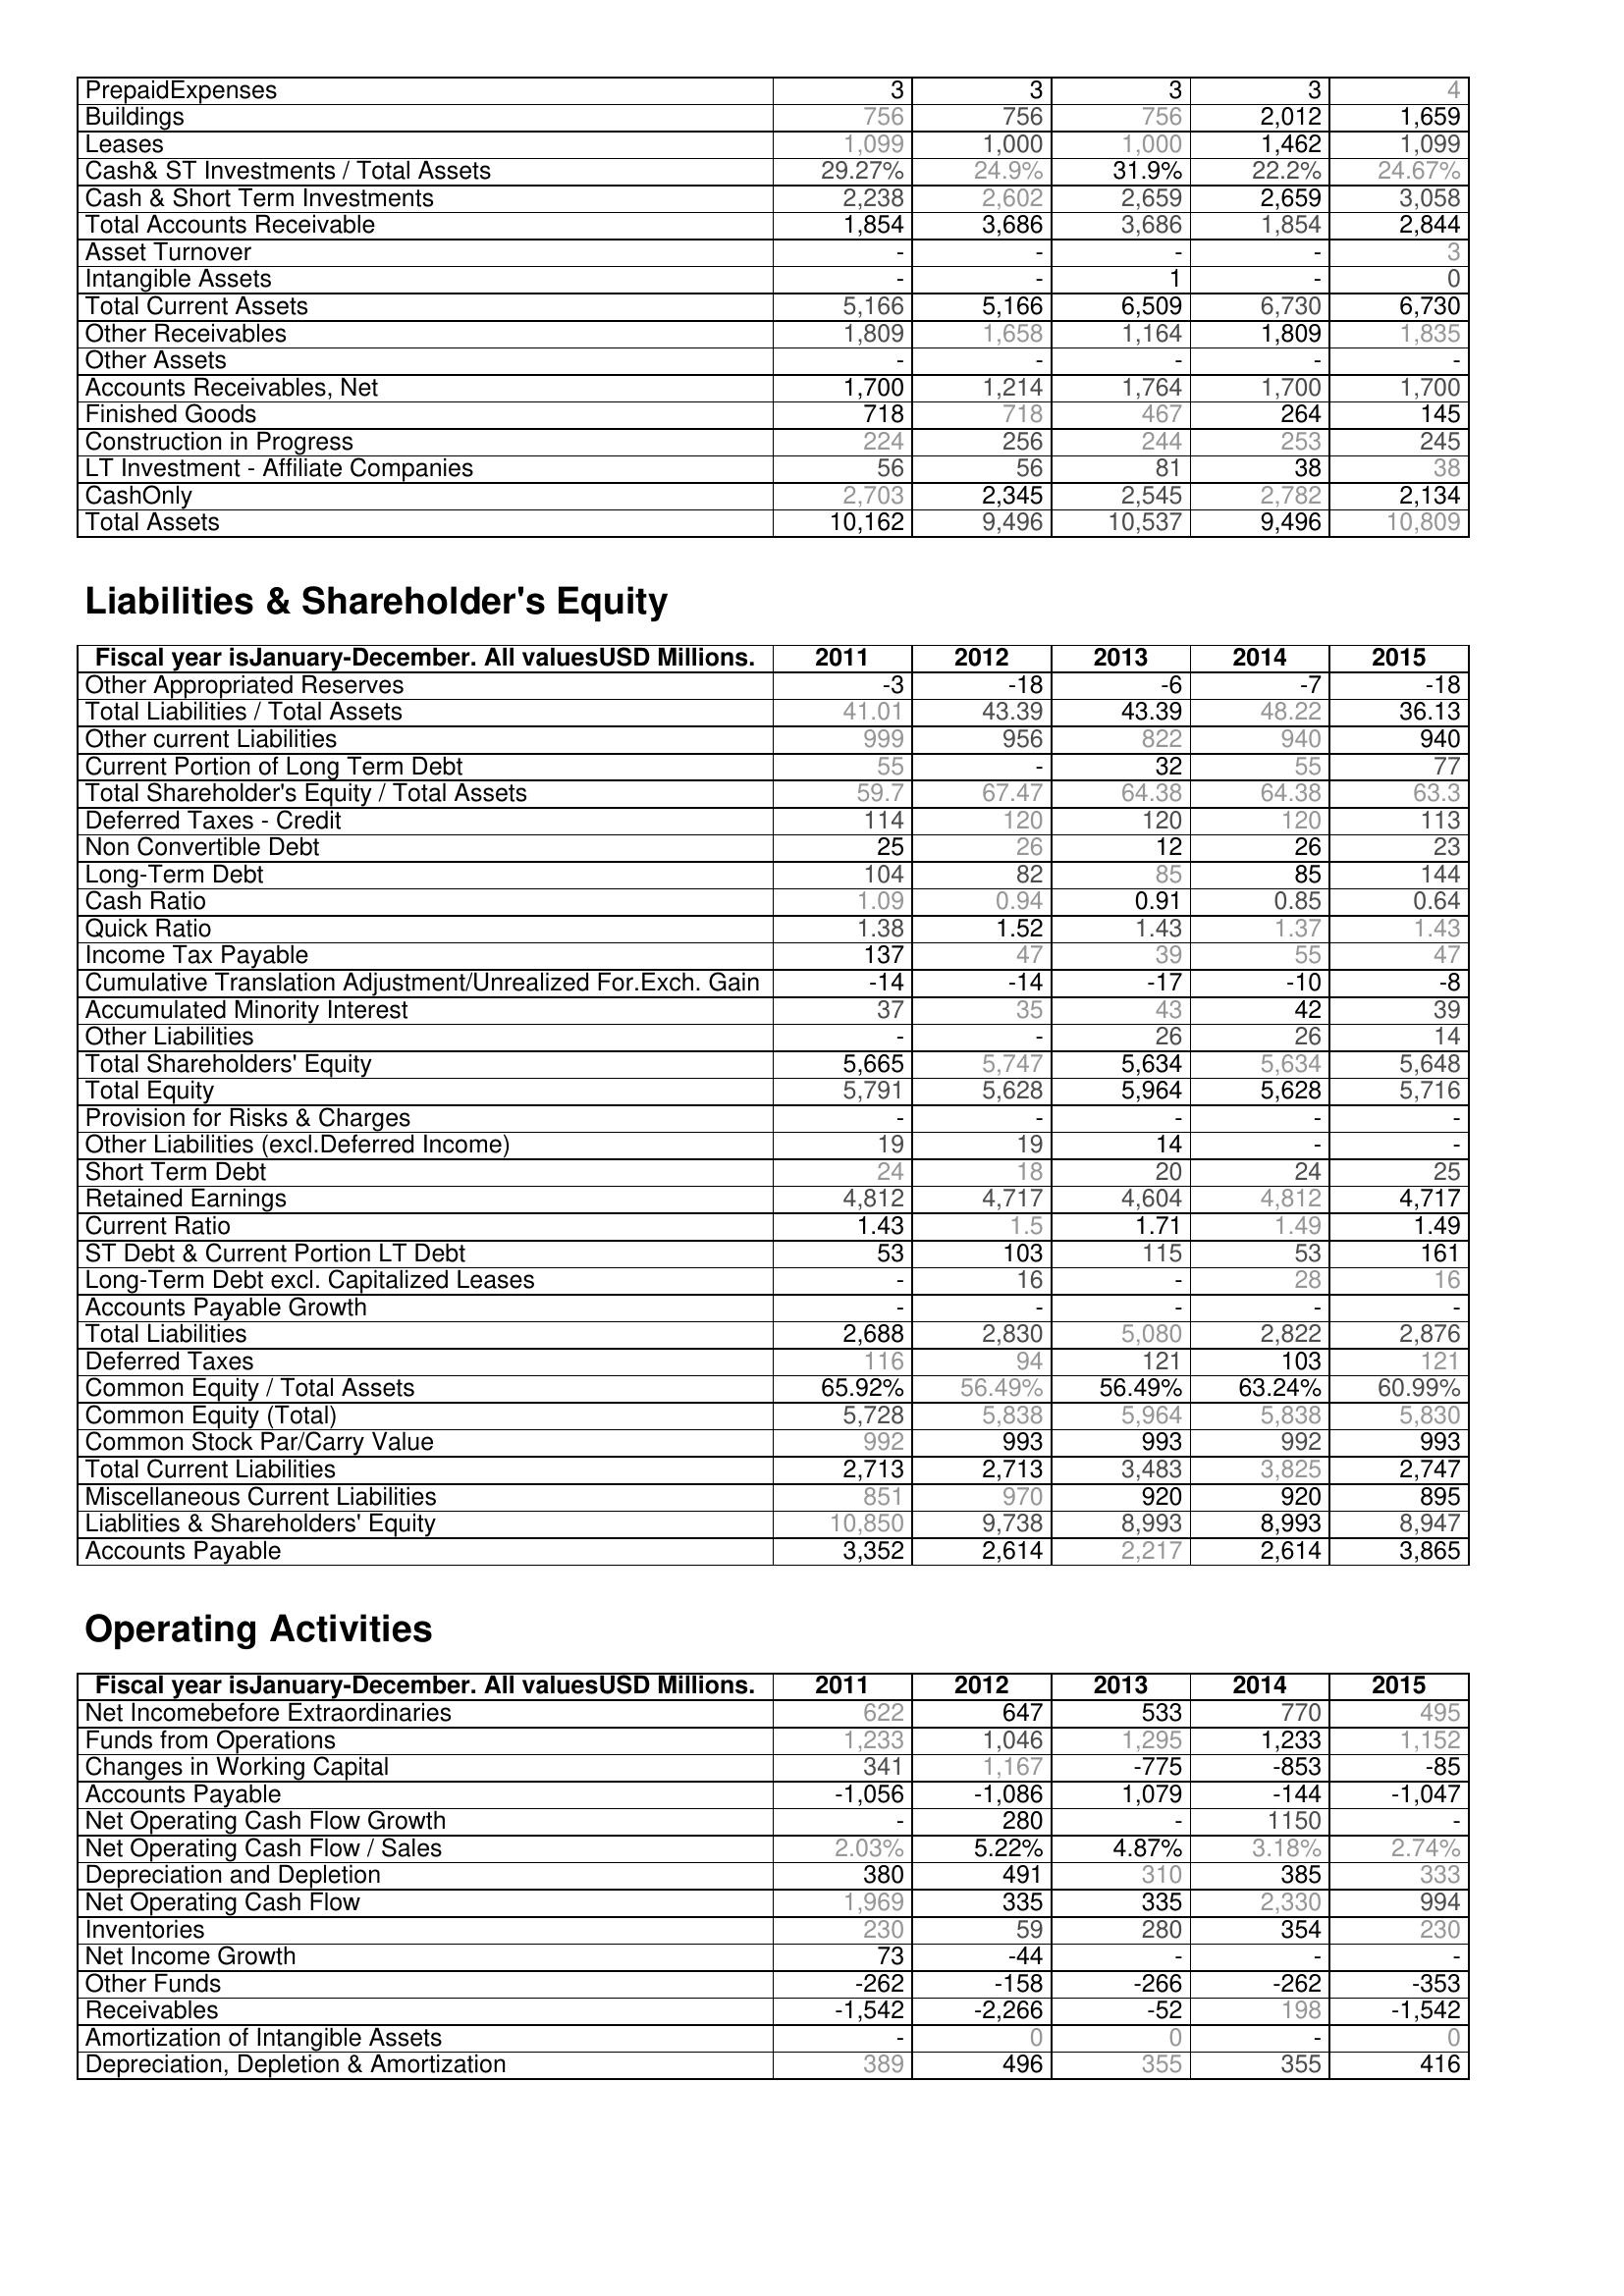
2011: Assets: PrepaidExpenses: 3
Buildings: 756
Leases: 1,099
Cash& ST Investments / Total Assets: 29.27%
Cash & Short Term Investments: 2,238
Total Accounts Receivable: 1,854
Asset Turnover: -
Intangible Assets: -
Total Current Assets: 5,166
Other Receivables: 1,809
Other Assets: -
Accounts Receivables, Net: 1,700
Finished Goods: 718
Construction in Progress: 224
LT Investment - Affiliate Companies: 56
CashOnly: 2,703
Total Assets: 10,162
Liabilities & Shareholder's Equity: Other Appropriated Reserves: -3
Total Liabilities / Total Assets: 41.01
Other current Liabilities: 999
Current Portion of Long Term Debt: 55
Total Shareholder's Equity / Total Assets: 59.7
Deferred Taxes - Credit: 114
Non Convertible Debt: 25
Long-Term Debt: 104
Cash Ratio: 1.09
Quick Ratio: 1.38
Income Tax Payable: 137
Cumulative Translation Adjustment/Unrealized For.Exch. Gain: -14
Accumulated Minority Interest: 37
Other Liabilities: -
Total Shareholders' Equity: 5,665
Total Equity: 5,791
Provision for Risks & Charges: -
Other Liabilities (excl.Deferred Income): 19
Short Term Debt: 24
Retained Earnings: 4,812
Current Ratio: 1.43
ST Debt & Current Portion LT Debt: 53
Long-Term Debt excl. Capitalized Leases: -
Accounts Payable Growth: -
Total Liabilities: 2,688
Deferred Taxes: 116
Common Equity / Total Assets: 65.92%
Common Equity (Total): 5,728
Common Stock Par/Carry Value: 992
Total Current Liabilities: 2,713
Miscellaneous Current Liabilities: 851
Liablities & Shareholders' Equity: 10,850
Accounts Payable: 3,352
Operating Activities: Net Incomebefore Extraordinaries: 622
Funds from Operations: 1,233
Changes in Working Capital: 341
Accounts Payable: -1,056
Net Operating Cash Flow Growth: -
Net Operating Cash Flow / Sales: 2.03%
Depreciation and Depletion: 380
Net Operating Cash Flow: 1,969
Inventories: 230
Net Income Growth: 73
Other Funds: -262
Receivables: -1,542
Amortization of Intangible Assets: -
Depreciation, Depletion & Amortization: 389
2012: Assets: PrepaidExpenses: 3
Buildings: 756
Leases: 1,000
Cash& ST Investments / Total Assets: 24.9%
Cash & Short Term Investments: 2,602
Total Accounts Receivable: 3,686
Asset Turnover: -
Intangible Assets: -
Total Current Assets: 5,166
Other Receivables: 1,658
Other Assets: -
Accounts Receivables, Net: 1,214
Finished Goods: 718
Construction in Progress: 256
LT Investment - Affiliate Companies: 56
CashOnly: 2,345
Total Assets: 9,496
Liabilities & Shareholder's Equity: Other Appropriated Reserves: -18
Total Liabilities / Total Assets: 43.39
Other current Liabilities: 956
Current Portion of Long Term Debt: -
Total Shareholder's Equity / Total Assets: 67.47
Deferred Taxes - Credit: 120
Non Convertible Debt: 26
Long-Term Debt: 82
Cash Ratio: 0.94
Quick Ratio: 1.52
Income Tax Payable: 47
Cumulative Translation Adjustment/Unrealized For.Exch. Gain: -14
Accumulated Minority Interest: 35
Other Liabilities: -
Total Shareholders' Equity: 5,747
Total Equity: 5,628
Provision for Risks & Charges: -
Other Liabilities (excl.Deferred Income): 19
Short Term Debt: 18
Retained Earnings: 4,717
Current Ratio: 1.5
ST Debt & Current Portion LT Debt: 103
Long-Term Debt excl. Capitalized Leases: 16
Accounts Payable Growth: -
Total Liabilities: 2,830
Deferred Taxes: 94
Common Equity / Total Assets: 56.49%
Common Equity (Total): 5,838
Common Stock Par/Carry Value: 993
Total Current Liabilities: 2,713
Miscellaneous Current Liabilities: 970
Liablities & Shareholders' Equity: 9,738
Accounts Payable: 2,614
Operating Activities: Net Incomebefore Extraordinaries: 647
Funds from Operations: 1,046
Changes in Working Capital: 1,167
Accounts Payable: -1,086
Net Operating Cash Flow Growth: 280
Net Operating Cash Flow / Sales: 5.22%
Depreciation and Depletion: 491
Net Operating Cash Flow: 335
Inventories: 59
Net Income Growth: -44
Other Funds: -158
Receivables: -2,266
Amortization of Intangible Assets: 0
Depreciation, Depletion & Amortization: 496
2013: Assets: PrepaidExpenses: 3
Buildings: 756
Leases: 1,000
Cash& ST Investments / Total Assets: 31.9%
Cash & Short Term Investments: 2,659
Total Accounts Receivable: 3,686
Asset Turnover: -
Intangible Assets: 1
Total Current Assets: 6,509
Other Receivables: 1,164
Other Assets: -
Accounts Receivables, Net: 1,764
Finished Goods: 467
Construction in Progress: 244
LT Investment - Affiliate Companies: 81
CashOnly: 2,545
Total Assets: 10,537
Liabilities & Shareholder's Equity: Other Appropriated Reserves: -6
Total Liabilities / Total Assets: 43.39
Other current Liabilities: 822
Current Portion of Long Term Debt: 32
Total Shareholder's Equity / Total Assets: 64.38
Deferred Taxes - Credit: 120
Non Convertible Debt: 12
Long-Term Debt: 85
Cash Ratio: 0.91
Quick Ratio: 1.43
Income Tax Payable: 39
Cumulative Translation Adjustment/Unrealized For.Exch. Gain: -17
Accumulated Minority Interest: 43
Other Liabilities: 26
Total Shareholders' Equity: 5,634
Total Equity: 5,964
Provision for Risks & Charges: -
Other Liabilities (excl.Deferred Income): 14
Short Term Debt: 20
Retained Earnings: 4,604
Current Ratio: 1.71
ST Debt & Current Portion LT Debt: 115
Long-Term Debt excl. Capitalized Leases: -
Accounts Payable Growth: -
Total Liabilities: 5,080
Deferred Taxes: 121
Common Equity / Total Assets: 56.49%
Common Equity (Total): 5,964
Common Stock Par/Carry Value: 993
Total Current Liabilities: 3,483
Miscellaneous Current Liabilities: 920
Liablities & Shareholders' Equity: 8,993
Accounts Payable: 2,217
Operating Activities: Net Incomebefore Extraordinaries: 533
Funds from Operations: 1,295
Changes in Working Capital: -775
Accounts Payable: 1,079
Net Operating Cash Flow Growth: -
Net Operating Cash Flow / Sales: 4.87%
Depreciation and Depletion: 310
Net Operating Cash Flow: 335
Inventories: 280
Net Income Growth: -
Other Funds: -266
Receivables: -52
Amortization of Intangible Assets: 0
Depreciation, Depletion & Amortization: 355
2014: Assets: PrepaidExpenses: 3
Buildings: 2,012
Leases: 1,462
Cash& ST Investments / Total Assets: 22.2%
Cash & Short Term Investments: 2,659
Total Accounts Receivable: 1,854
Asset Turnover: -
Intangible Assets: -
Total Current Assets: 6,730
Other Receivables: 1,809
Other Assets: -
Accounts Receivables, Net: 1,700
Finished Goods: 264
Construction in Progress: 253
LT Investment - Affiliate Companies: 38
CashOnly: 2,782
Total Assets: 9,496
Liabilities & Shareholder's Equity: Other Appropriated Reserves: -7
Total Liabilities / Total Assets: 48.22
Other current Liabilities: 940
Current Portion of Long Term Debt: 55
Total Shareholder's Equity / Total Assets: 64.38
Deferred Taxes - Credit: 120
Non Convertible Debt: 26
Long-Term Debt: 85
Cash Ratio: 0.85
Quick Ratio: 1.37
Income Tax Payable: 55
Cumulative Translation Adjustment/Unrealized For.Exch. Gain: -10
Accumulated Minority Interest: 42
Other Liabilities: 26
Total Shareholders' Equity: 5,634
Total Equity: 5,628
Provision for Risks & Charges: -
Other Liabilities (excl.Deferred Income): -
Short Term Debt: 24
Retained Earnings: 4,812
Current Ratio: 1.49
ST Debt & Current Portion LT Debt: 53
Long-Term Debt excl. Capitalized Leases: 28
Accounts Payable Growth: -
Total Liabilities: 2,822
Deferred Taxes: 103
Common Equity / Total Assets: 63.24%
Common Equity (Total): 5,838
Common Stock Par/Carry Value: 992
Total Current Liabilities: 3,825
Miscellaneous Current Liabilities: 920
Liablities & Shareholders' Equity: 8,993
Accounts Payable: 2,614
Operating Activities: Net Incomebefore Extraordinaries: 770
Funds from Operations: 1,233
Changes in Working Capital: -853
Accounts Payable: -144
Net Operating Cash Flow Growth: 1150
Net Operating Cash Flow / Sales: 3.18%
Depreciation and Depletion: 385
Net Operating Cash Flow: 2,330
Inventories: 354
Net Income Growth: -
Other Funds: -262
Receivables: 198
Amortization of Intangible Assets: -
Depreciation, Depletion & Amortization: 355
2015: Assets: PrepaidExpenses: 4
Buildings: 1,659
Leases: 1,099
Cash& ST Investments / Total Assets: 24.67%
Cash & Short Term Investments: 3,058
Total Accounts Receivable: 2,844
Asset Turnover: 3
Intangible Assets: 0
Total Current Assets: 6,730
Other Receivables: 1,835
Other Assets: -
Accounts Receivables, Net: 1,700
Finished Goods: 145
Construction in Progress: 245
LT Investment - Affiliate Companies: 38
CashOnly: 2,134
Total Assets: 10,809
Liabilities & Shareholder's Equity: Other Appropriated Reserves: -18
Total Liabilities / Total Assets: 36.13
Other current Liabilities: 940
Current Portion of Long Term Debt: 77
Total Shareholder's Equity / Total Assets: 63.3
Deferred Taxes - Credit: 113
Non Convertible Debt: 23
Long-Term Debt: 144
Cash Ratio: 0.64
Quick Ratio: 1.43
Income Tax Payable: 47
Cumulative Translation Adjustment/Unrealized For.Exch. Gain: -8
Accumulated Minority Interest: 39
Other Liabilities: 14
Total Shareholders' Equity: 5,648
Total Equity: 5,716
Provision for Risks & Charges: -
Other Liabilities (excl.Deferred Income): -
Short Term Debt: 25
Retained Earnings: 4,717
Current Ratio: 1.49
ST Debt & Current Portion LT Debt: 161
Long-Term Debt excl. Capitalized Leases: 16
Accounts Payable Growth: -
Total Liabilities: 2,876
Deferred Taxes: 121
Common Equity / Total Assets: 60.99%
Common Equity (Total): 5,830
Common Stock Par/Carry Value: 993
Total Current Liabilities: 2,747
Miscellaneous Current Liabilities: 895
Liablities & Shareholders' Equity: 8,947
Accounts Payable: 3,865
Operating Activities: Net Incomebefore Extraordinaries: 495
Funds from Operations: 1,152
Changes in Working Capital: -85
Accounts Payable: -1,047
Net Operating Cash Flow Growth: -
Net Operating Cash Flow / Sales: 2.74%
Depreciation and Depletion: 333
Net Operating Cash Flow: 994
Inventories: 230
Net Income Growth: -
Other Funds: -353
Receivables: -1,542
Amortization of Intangible Assets: 0
Depreciation, Depletion & Amortization: 416